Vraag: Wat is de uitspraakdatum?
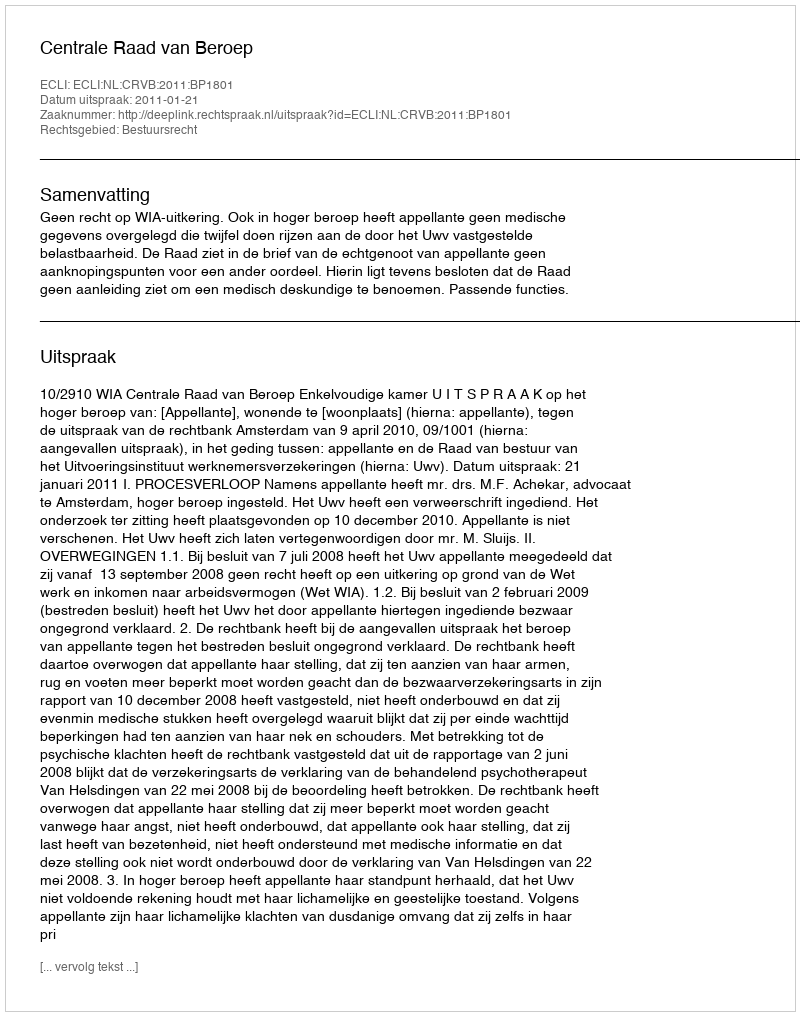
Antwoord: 2011-01-21